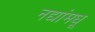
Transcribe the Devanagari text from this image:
नद्यांमधू